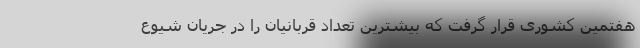
هفتمین کشوری قرار گرفت که بیشترین تعداد قربانیان را در جریان شیوع